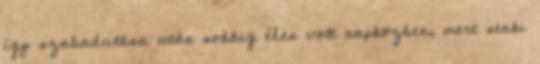
így szabadulása után sokáig éhes volt napközben, mert senki